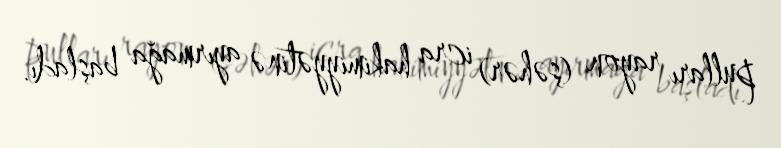
pulları rayon (şəhər) icra hakimiyyətinə ayırmağa başladı.